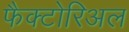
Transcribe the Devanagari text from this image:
फैक्टोरिअल